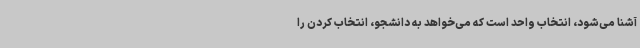
آشنا می‌شود، انتخاب واحد است که می‌خواهد به دانشجو، انتخاب کردن را